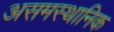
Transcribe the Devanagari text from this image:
असमस्थानिक